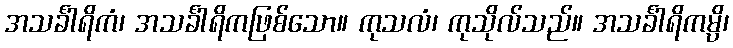
အသင်္ခါရိကံ၊ အသင်္ခါရိကဖြစ်သော။ ကုသလံ၊ ကုသိုလ်သည်။ အသင်္ခါရိကမ္ပိ၊